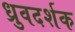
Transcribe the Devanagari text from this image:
ध्रुवदर्शक